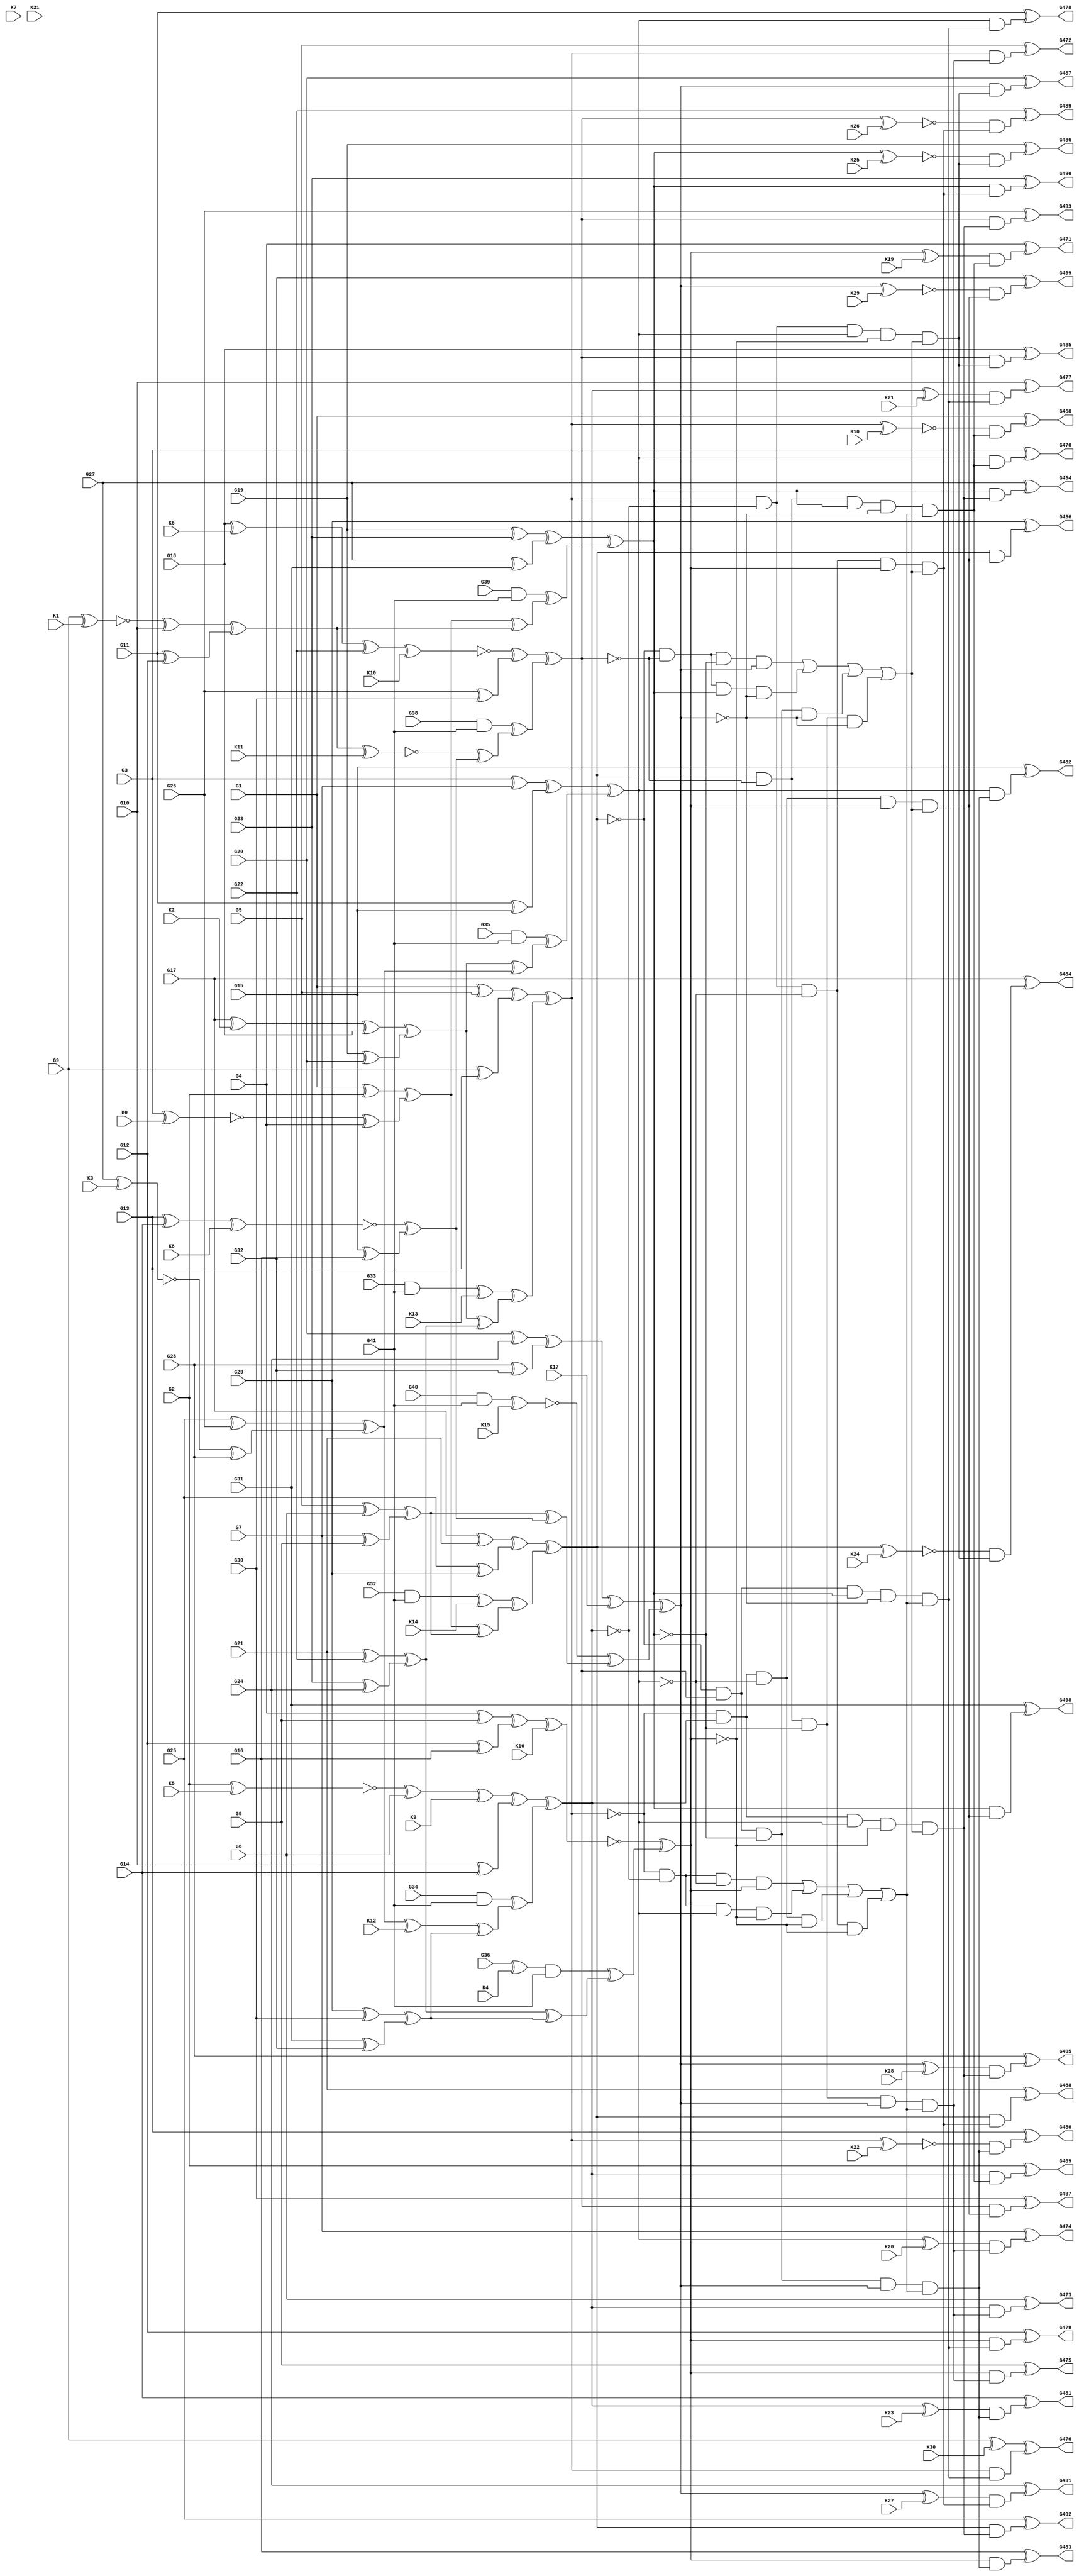
module c499(G1,G10,G11,G12,G13,G14,G15,G16,G17,G18,G19,G2,G20,G21,G22,G23,G24,
  G25,G26,G27,G28,G29,G3,G30,G31,G32,G33,G34,G35,G36,G37,G38,G39,G4,G40,G41,
  G468,G469,G470,G471,G472,G473,G474,G475,G476,G477,G478,G479,G480,G481,G482,
  G483,G484,G485,G486,G487,G488,G489,G490,G491,G492,G493,G494,G495,G496,G497,
  G498,G499,G5,G6,G7,G8,G9,K0,K1,K2,K3,K4,K5,K6,K7,K8,K9,K10,K11,K12,K13,K14,
  K15,K16,K17,K18,K19,K20,K21,K22,K23,K24,K25,K26,K27,K28,K29,K30,K31);
input G1,G2,G3,G4,G5,G6,G7,G8,G9,G10,G11,G12,G13,G14,G15,G16,G17,G18,G19,G20,
  G21,G22,G23,G24,G25,G26,G27,G28,G29,G30,G31,G32,G33,G34,G35,G36,G37,G38,G39,
  G40,G41,K0,K1,K2,K3,K4,K5,K6,K7,K8,K9,K10,K11,K12,K13,K14,K15,K16,K17,K18,
  K19,K20,K21,K22,K23,K24,K25,K26,K27,K28,K29,K30,K31;
output G468,G469,G470,G471,G472,G473,G474,G475,G476,G477,G478,G479,G480,G481,
  G482,G483,G484,G485,G486,G487,G488,G489,G490,G491,G492,G493,G494,G495,G496,
  G497,G498,G499;

  wire G146,G147,G148,G149,G150,G151,G152,G153,G154,G155,G156,G157,G158,G159,
    G160,G161,G162,G163,G164,G165,G166,G167,G168,G169,G170,G171,G172,G173,G174,
    G175,G176,G177,G178,G179,G180,G181,G182,G183,G184,G185,G186,G189,G192,G195,
    G198,G201,G204,G207,G210,G211,G212,G213,G214,G215,G216,G217,G218,G219,G220,
    G221,G222,G223,G224,G225,G226,G227,G228,G229,G230,G231,G232,G233,G234,G247,
    G260,G273,G286,G299,G312,G325,G338,G339,G340,G341,G342,G343,G344,G345,G346,
    G347,G348,G349,G350,G351,G352,G353,G354,G355,G356,G357,G358,G359,G360,G361,
    G362,G363,G364,G365,G366,G367,G368,G369,G370,G371,G372,G373,G374,G375,G376,
    G377,G378,G379,G380,G381,G382,G383,G384,G385,G386,G391,G396,G401,G406,G411,
    G416,G421,G426,G431,G436,G437,G438,G439,G440,G441,G442,G443,G444,G445,G446,
    G447,G448,G449,G450,G451,G452,G453,G454,G455,G456,G457,G458,G459,G460,G461,
    G462,G463,G464,G465,G466,G467,W0,W1,W2,W3,W4,W5,W6,W7,W8,W9,W10,W11,W12,W13,
	W14,W15,W16,W17,W18,W19,W20,W21,W22,W23,W24,W25,W26,W27,W28,W29,W30,W31;

  xor XOR2_0(G146,G1,G2);
  xor XOR2_1(G147,W0,G4);
  
  xnor KEY_0(W0,G3,K0);
  
  xor XOR2_2(G148,G5,G6);
  xor XOR2_3(G149,G7,G8); 
  xor XOR2_4(G150,W1,G10);
  
  xnor KEY_1(W1,G9,K1);
  
  xor XOR2_5(G151,G11,G12);
  xor XOR2_6(G152,G13,G14);
  xor XOR2_7(G153,G15,G16);
  xor XOR2_8(G154,W2,G18);
  
  xor KEY_2(W2,G17,K2);
  
  xor XOR2_9(G155,G19,G20);
  xor XOR2_10(G156,G21,G22);
  xor XOR2_11(G157,G23,G24);
  xor XOR2_12(G158,G25,G26);
  xor XOR2_13(G159,W3,G28);
  
  xnor KEY_3(W3,G27,K3);
  
  xor XOR2_14(G160,G29,G30);
  xor XOR2_15(G161,G31,G32);
  and AND2_0(G162,G33,G41);
  and AND2_1(G163,G34,G41);
  and AND2_2(G164,G35,G41);
  and AND2_3(G165,W4,G41);
  
  xor KEY_4(W4,G36,K4);
  
  and AND2_4(G166,G37,G41);
  and AND2_5(G167,G38,G41);
  and AND2_6(G168,G39,G41);
  and AND2_7(G169,G40,G41);
  xor XOR2_16(G170,G1,G5);
  xor XOR2_17(G171,G9,G13);
  xor XOR2_18(G172,W5,G6);
  
  xnor KEY_5(W5,G2,K5);
  
  xor XOR2_19(G173,G10,G14);
  xor XOR2_20(G174,G3,G7);
  xor XOR2_21(G175,G11,G15);
  xor XOR2_22(G176,G4,G8);
  xor XOR2_23(G177,G12,G16);
  xor XOR2_24(G178,G17,G21);
  xor XOR2_25(G179,G25,G29);
  xor XOR2_26(G180,W6,G22);
  
  xor KEY_6(W6,G18,K6);
  
  xor XOR2_27(G181,G26,G30);
  xor XOR2_28(G182,G19,G23);
  xor XOR2_29(G183,G27,G31);
  xor XOR2_30(G184,G20,G24);
  xor XOR2_31(G185,G28,G32);
  
  xor KEY_7(W7,G28,K7);
  
  xor XOR2_32(G186,G146,G147);
  xor XOR2_33(G189,G148,G149);
  xor XOR2_34(G192,G150,G151);
  xor XOR2_35(G195,W8,G153);
  
  xnor KEY_8(W8,G152,K8);
  
  xor XOR2_36(G198,G154,G155);
  xor XOR2_37(G201,G156,G157);
  xor XOR2_38(G204,G158,G159);
  xor XOR2_39(G207,G160,G161);
  xor XOR2_40(G210,G170,G171);
  xor XOR2_41(G211,W9,G173);
  
  xor KEY_9(W9,G172,K9);
  
  xor XOR2_42(G212,G174,G175);
  xor XOR2_43(G213,G176,G177);
  xor XOR2_44(G214,G178,G179);
  xor XOR2_45(G215,W10,G181);
  
  xnor KEY_10(W10,G180,K10);
  
  xor XOR2_46(G216,G182,G183);
  xor XOR2_47(G217,G184,G185);
  xor XOR2_48(G218,G186,G189);
  xor XOR2_49(G219,W11,G195);
  
  xnor KEY_11(W11,G192,K11);
  
  xor XOR2_50(G220,G186,G192);
  xor XOR2_51(G221,G189,G195);
  xor XOR2_52(G222,G198,G201);
  xor XOR2_53(G223,W12,G207);
  
  xor KEY_12(W12,G204,K12);
  
  xor XOR2_54(G224,G198,G204);
  xor XOR2_55(G225,G201,G207);
  xor XOR2_56(G226,W13,G222);
  
  xor KEY_13(W13,G162,K13);
  
  xor XOR2_57(G227,G163,G223);
  xor XOR2_58(G228,G164,G224);
  xor XOR2_59(G229,G165,G225);
  xor XOR2_60(G230,W14,G218);
  
  xor KEY_14(W14,G166,K14);
  
  xor XOR2_61(G231,G167,G219);
  xor XOR2_62(G232,G168,G220);
  xor XOR2_63(G233,W15,G221);
  
  xnor KEY_15(W15,G169,K15);
  
  xor XOR2_64(G234,G210,G226);
  xor XOR2_65(G247,G211,G227);
  xor XOR2_66(G260,G212,G228);
  xor XOR2_67(G273,W16,G229);
  
  xnor KEY_16(W16,G213,K16);
  
  xor XOR2_68(G286,G214,G230);
  xor XOR2_69(G299,G215,G231);
  xor XOR2_70(G312,G216,G232);
  xor XOR2_71(G325,W17,G233);
  
  xor KEY_17(W17,G217,K17);
  
  not NOT_0(G338,G234);
  not NOT_1(G339,G247);
  not NOT_2(G340,G260);
  not NOT_3(G341,G234);
  not NOT_4(G342,G247);
  not NOT_5(G343,G273);
  not NOT_6(G344,G234);
  not NOT_7(G345,G260);
  not NOT_8(G346,G273);
  not NOT_9(G347,G247);
  not NOT_10(G348,G260);
  not NOT_11(G349,G273);
  not NOT_12(G350,G299);
  not NOT_13(G351,G325);
  not NOT_14(G352,G299);
  not NOT_15(G353,G312);
  not NOT_16(G354,G286);
  not NOT_17(G355,G325);
  not NOT_18(G356,G286);
  not NOT_19(G357,G312);
  not NOT_20(G358,G286);
  not NOT_21(G359,G299);
  not NOT_22(G360,G312);
  not NOT_23(G361,G286);
  not NOT_24(G362,G299);
  not NOT_25(G363,G325);
  not NOT_26(G364,G286);
  not NOT_27(G365,G312);
  not NOT_28(G366,G325);
  not NOT_29(G367,G299);
  not NOT_30(G368,G312);
  not NOT_31(G369,G325);
  not NOT_32(G370,G247);
  not NOT_33(G371,G273);
  not NOT_34(G372,G247);
  not NOT_35(G373,G260);
  not NOT_36(G374,G234);
  not NOT_37(G375,G273);
  not NOT_38(G376,G234);
  not NOT_39(G377,G260);
  and AND4_0(G378,G338,G339,G340,G273);
  and AND4_1(G379,G341,G342,G260,G343);
  and AND4_2(G380,G344,G247,G345,G346);
  and AND4_3(G381,G234,G347,G348,G349);
  and AND4_4(G382,G358,G359,G360,G325);
  and AND4_5(G383,G361,G362,G312,G363);
  and AND4_6(G384,G364,G299,G365,G366);
  and AND4_7(G385,G286,G367,G368,G369);
  or OR4_0(G386,G378,G379,G380,G381);
  or OR4_1(G391,G382,G383,G384,G385);
  and AND5_0(G396,G286,G350,G312,G351,G386);
  and AND5_1(G401,G286,G352,G353,G325,G386);
  and AND5_2(G406,G354,G299,G312,G355,G386);
  and AND5_3(G411,G356,G299,G357,G325,G386);
  and AND5_4(G416,G234,G370,G260,G371,G391);
  and AND5_5(G421,G234,G372,G373,G273,G391);
  and AND5_6(G426,G374,G247,G260,G375,G391);
  and AND5_7(G431,G376,G247,G377,G273,G391);
  and AND2_8(G436,W18,G396);
  
  xnor KEY_18(W18,G234,K18);
  
  and AND2_9(G437,G247,G396);
  and AND2_10(G438,G260,G396);
  and AND2_11(G439,W19,G396);
  
  xor KEY_19(W19,G273,K19);
  
  and AND2_12(G440,G234,G401);
  and AND2_13(G441,G247,G401);
  and AND2_14(G442,W20,G401);
  
  xor KEY_20(W20,G260,K20);
  
  and AND2_15(G443,G273,G401);
  and AND2_16(G444,G234,G406);
  and AND2_17(G445,W21,G406);
  
  xor KEY_21(W21,G247,K21);
  
  and AND2_18(G446,G260,G406);
  and AND2_19(G447,G273,G406);
  and AND2_20(G448,W22,G411);
  
  xnor KEY_22(W22,G234,K22);
  
  and AND2_21(G449,W23,G411);
  
  xor KEY_23(W23,G247,K23);
  
  and AND2_22(G450,G260,G411);
  and AND2_23(G451,G273,G411);
  and AND2_24(G452,W24,G416);
  
  xnor KEY_24(W24,G286,K24);
  
  and AND2_25(G453,G299,G416);
  and AND2_26(G454,W25,G416);
  
  xnor KEY_25(W25,G312,K25);
  
  and AND2_27(G455,G325,G416);
  and AND2_28(G456,G286,G421);
  and AND2_29(G457,W26,G421);
  
  xnor KEY_26(W26,G299,K26);
  
  and AND2_30(G458,G312,G421);
  and AND2_31(G459,W27,G421);
  
  xor KEY_27(W27,G325,K27);
  
  and AND2_32(G460,G286,G426);
  and AND2_33(G461,G299,G426);
  and AND2_34(G462,G312,G426);
  and AND2_35(G463,W28,G426);
  
  xor KEY_28(W28,G325,K28);
  
  and AND2_36(G464,G286,G431);
  and AND2_37(G465,G299,G431);
  and AND2_38(G466,G312,G431);
  and AND2_39(G467,W29,G431);
  
  xnor KEY_29(W29,G325,K29);
  
  xor XOR2_72(G468,G1,G436);
  xor XOR2_73(G469,G2,G437);
  xor XOR2_74(G470,G3,G438);
  xor XOR2_75(G471,G4,G439);
  xor XOR2_76(G472,G5,G440);
  xor XOR2_77(G473,G6,G441);
  xor XOR2_78(G474,G7,G442);
  xor XOR2_79(G475,G8,G443);
  xor XOR2_80(G476,W30,G444);
  
  xor KEY_30(W30,G9,K30);
  
  xor XOR2_81(G477,G10,G445);
  xor XOR2_82(G478,G11,G446);
  xor XOR2_83(G479,G12,G447);
  xor XOR2_84(G480,G13,G448);
  xor XOR2_85(G481,G14,G449);
  xor XOR2_86(G482,G15,G450);
  xor XOR2_87(G483,G16,G451);
  xor XOR2_88(G484,G17,G452);
  xor XOR2_89(G485,G18,G453);
  xor XOR2_90(G486,G19,G454);
  xor XOR2_91(G487,G20,G455);
  xor XOR2_92(G488,G21,G456);
  xor XOR2_93(G489,G22,G457);
  xor XOR2_94(G490,G23,G458);
  xor XOR2_95(G491,G24,G459);
  xor XOR2_96(G492,G25,G460);
  xor XOR2_97(G493,G26,G461);
  xor XOR2_98(G494,G27,G462);
  xor XOR2_99(G495,G28,G463);
  
  xnor KEY_31(W31,G28,K31);
  
  xor XOR2_100(G496,G29,G464);
  xor XOR2_101(G497,G30,G465);
  xor XOR2_102(G498,G31,G466);
  xor XOR2_103(G499,G32,G467);

endmodule